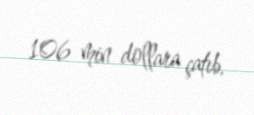
106 min dollara çatıb.